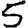
Digit: 5